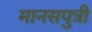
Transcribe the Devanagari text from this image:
मानसपुत्री